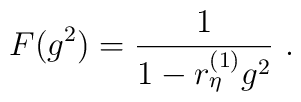
F(g^ 2) = \frac 1 {1 -r^{(1)}_\eta g^2}\ .